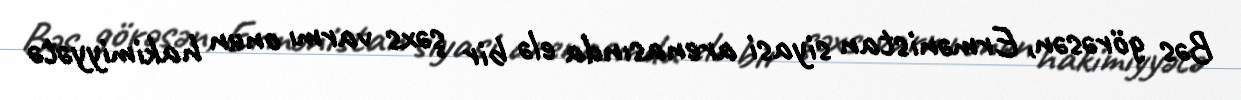
Bəs görəsən, Ermənistan siyasi arenasında elə bir şəxs varmı onun hakimiyyətə